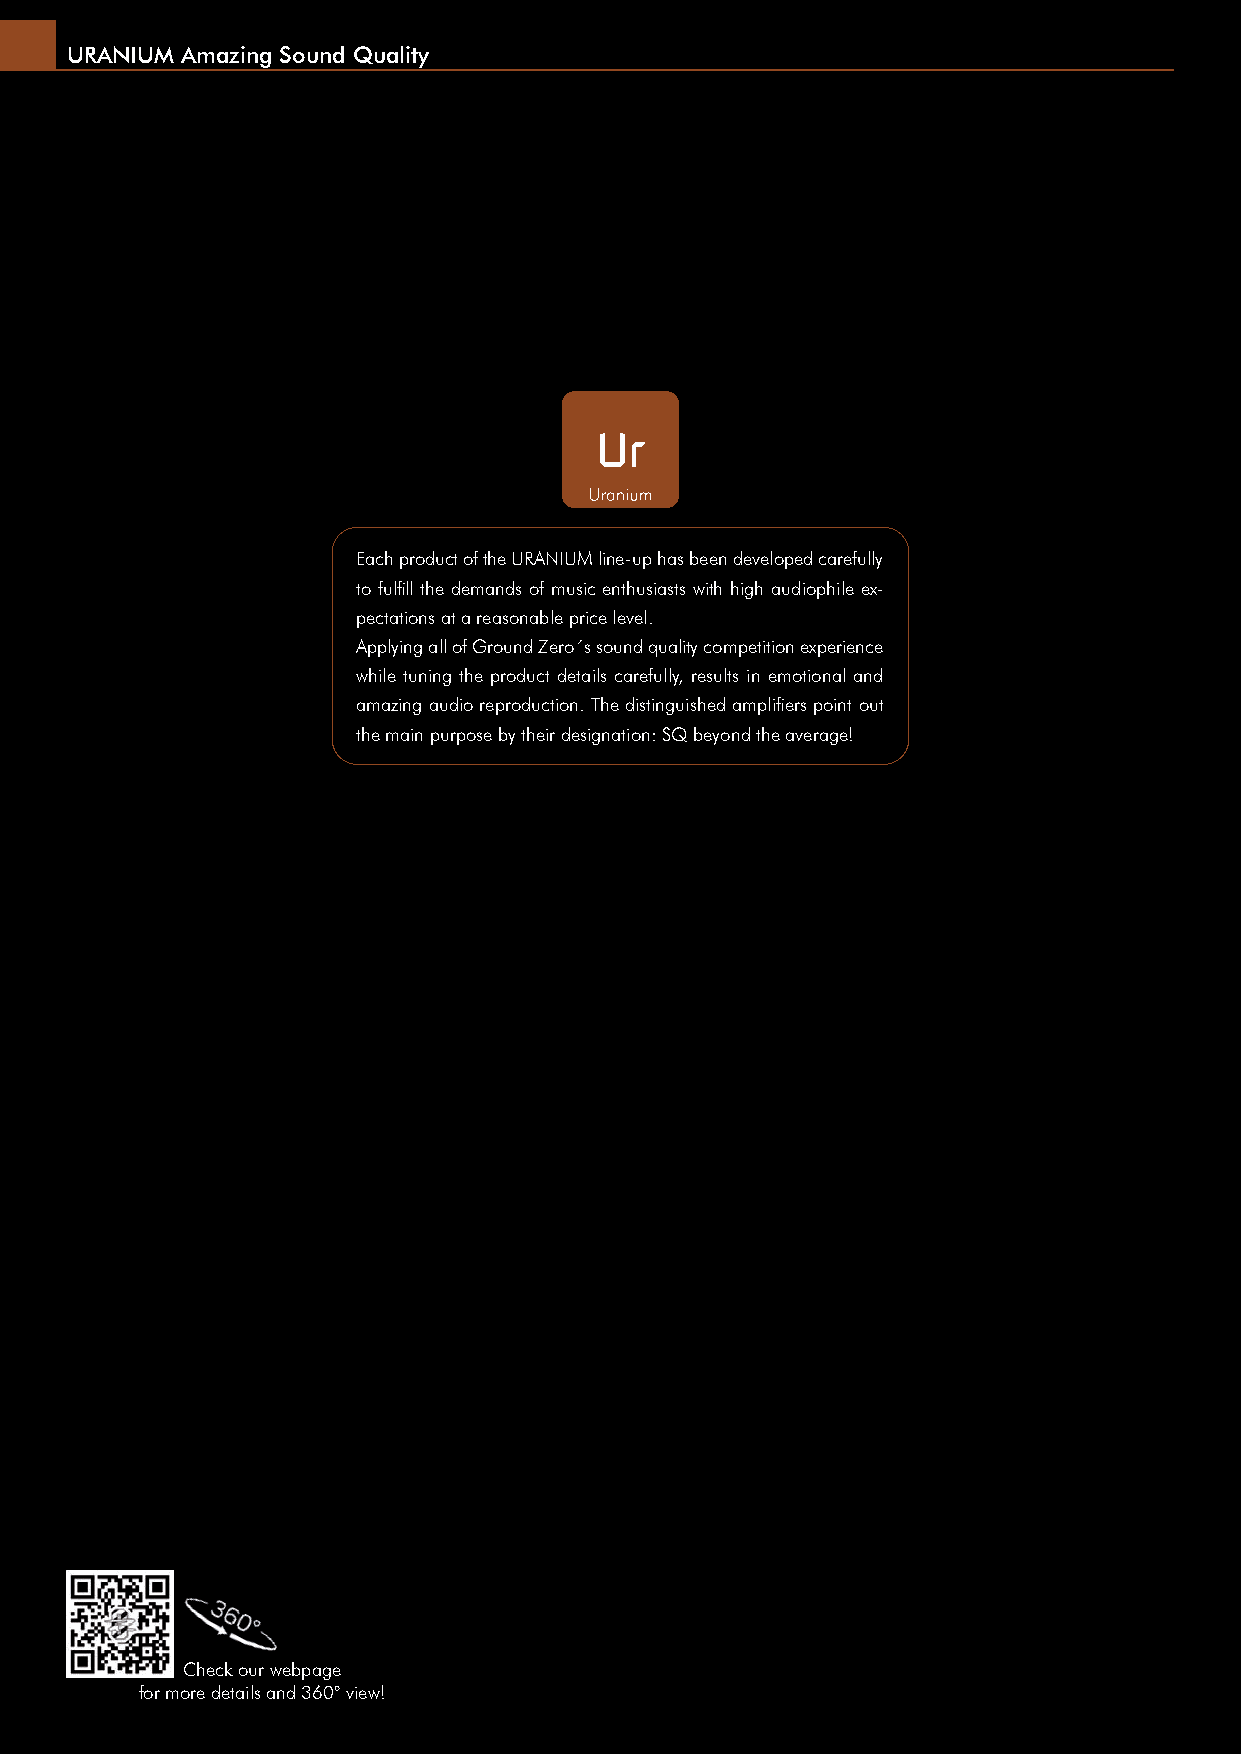
URANIUM Amazing Sound Quality
 Each product of the URANIUM line-up has been developed carefully
 to fulfi ll the demands of music enthusiasts with high audiophile ex-
 pectations at a reasonable price level.
 Applying all of Ground Zero´s sound quality competition experience
 while tuning the product details carefully, results in emotional and
 amazing audio reproduction. The distinguished amplifi ers point out
 the main purpose by their designation: SQ beyond the average!
 Check our webpage
 for more details and 360° view!